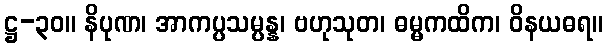
ဋ္ဌ-၃၀။ နိပုဏ၊ အာကပ္ပသမ္ပန္န၊ ဗဟုသုတ၊ ဓမ္မကထိက၊ ဝိနယဓရ။